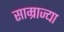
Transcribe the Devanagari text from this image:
साम्राज्या